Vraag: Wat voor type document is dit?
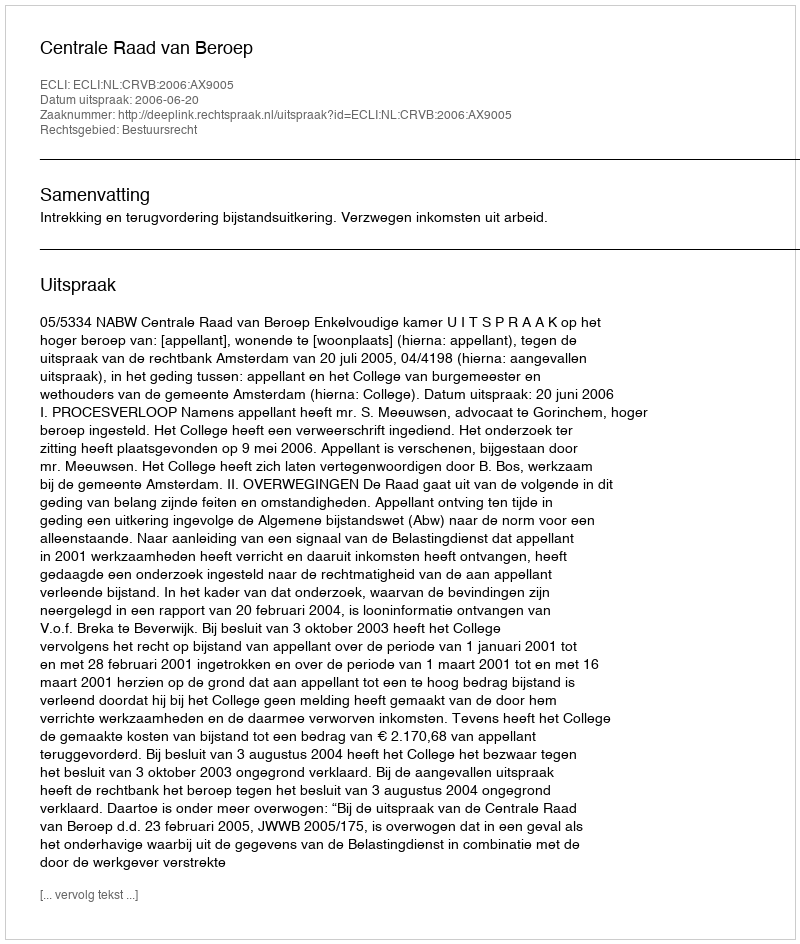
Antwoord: Uitspraak